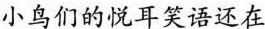
小鸟们的悦耳笑语还在